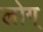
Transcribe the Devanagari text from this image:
लोग्